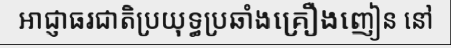
អាជ្ញាធរជាតិប្រយុទ្ធប្រឆាំងគ្រឿងញៀន នៅ